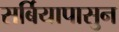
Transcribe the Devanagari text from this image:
सर्बियापासुन